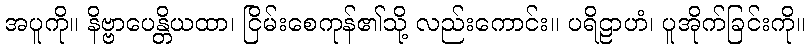
အပူကို။ နိဗ္ဗာပေန္တိယထာ၊ ငြိမ်းစေကုန်၏သို့ လည်းကောင်း။ ပရိဠာဟံ၊ ပူအိုက်ခြင်းကို။